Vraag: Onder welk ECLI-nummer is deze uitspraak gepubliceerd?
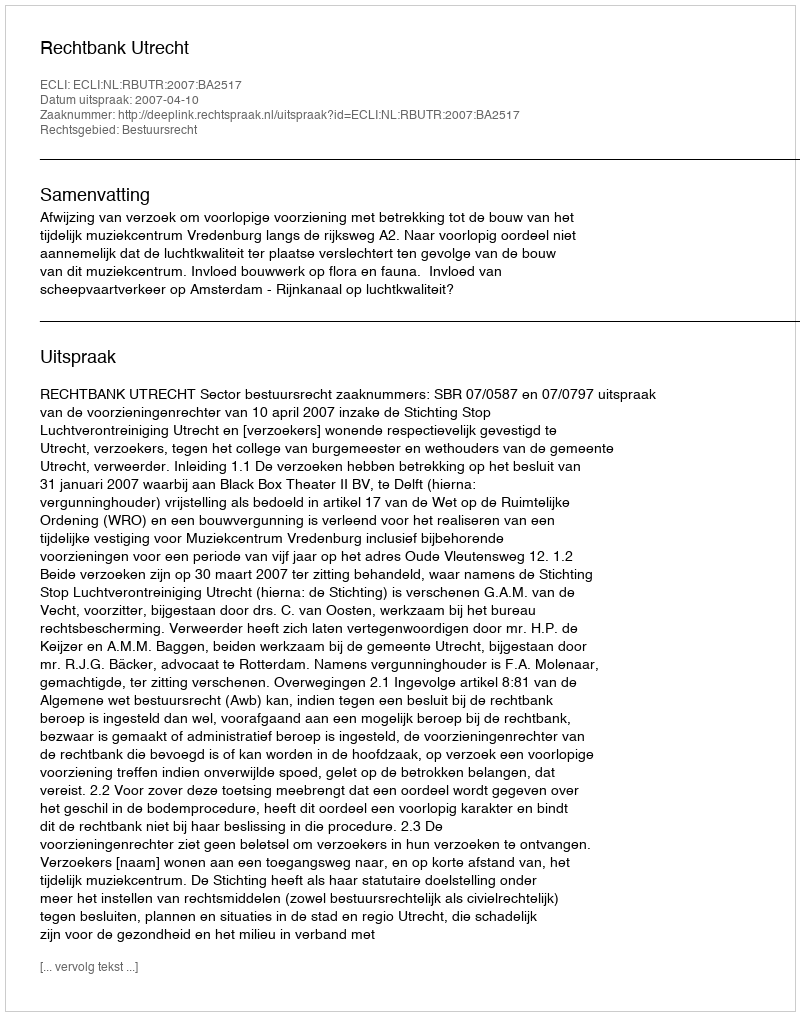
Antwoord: ECLI:NL:RBUTR:2007:BA2517